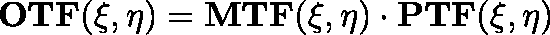
\mathbf { O T F ( \xi , \eta ) } = \mathbf { M T F ( \xi , \eta ) } \cdot \mathbf { P T F ( \xi , \eta ) }